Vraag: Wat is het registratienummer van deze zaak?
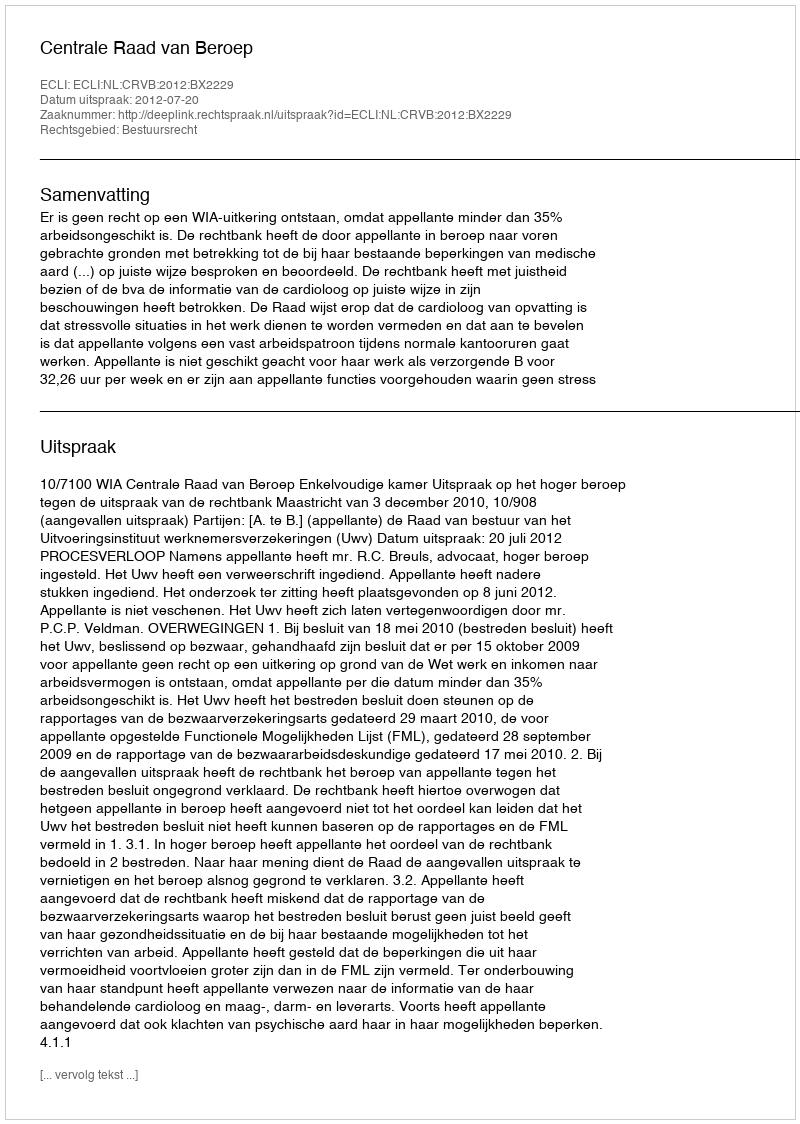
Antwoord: http://deeplink.rechtspraak.nl/uitspraak?id=ECLI:NL:CRVB:2012:BX2229